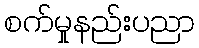
စက်မှုနည်းပညာ